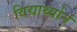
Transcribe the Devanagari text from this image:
विद्यार्थ्यानं